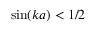
\sin ( k a ) < 1 / 2